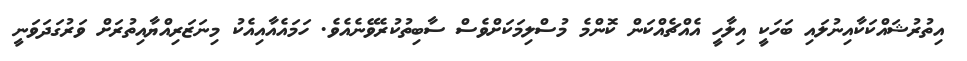
އިތުރުޝައްކަކާއިނުލައި ބަހަކީ އިލާހީ އެއްޗެއްކަން ކޮންމެ މުސްލިމަކަށްވެސް ސާބިތުކުރެވޭނެއެވެ. ހަމައެއާއިއެކު މިނަޒަރިއްޔާއިތުރަށް ވަރުގަދަވަނީ